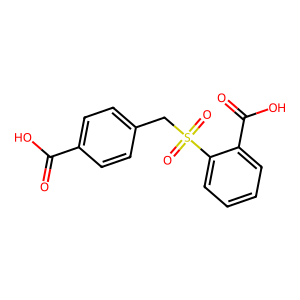
SMILES: O=C(O)c1ccc(CS(=O)(=O)c2ccccc2C(=O)O)cc1
Inhibits HIV replication: No